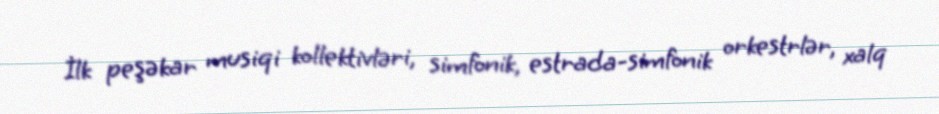
İlk peşəkar musiqi kollektivləri, simfonik, estrada-simfonik orkestrlər, xalq